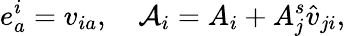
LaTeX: e_{a}^{i}=v_{ia},\quad\mathcal{A}_{i}=A_{i}+A_{j}^{s}\hat{v}_{ji},